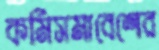
কর্মিসমাবেশের